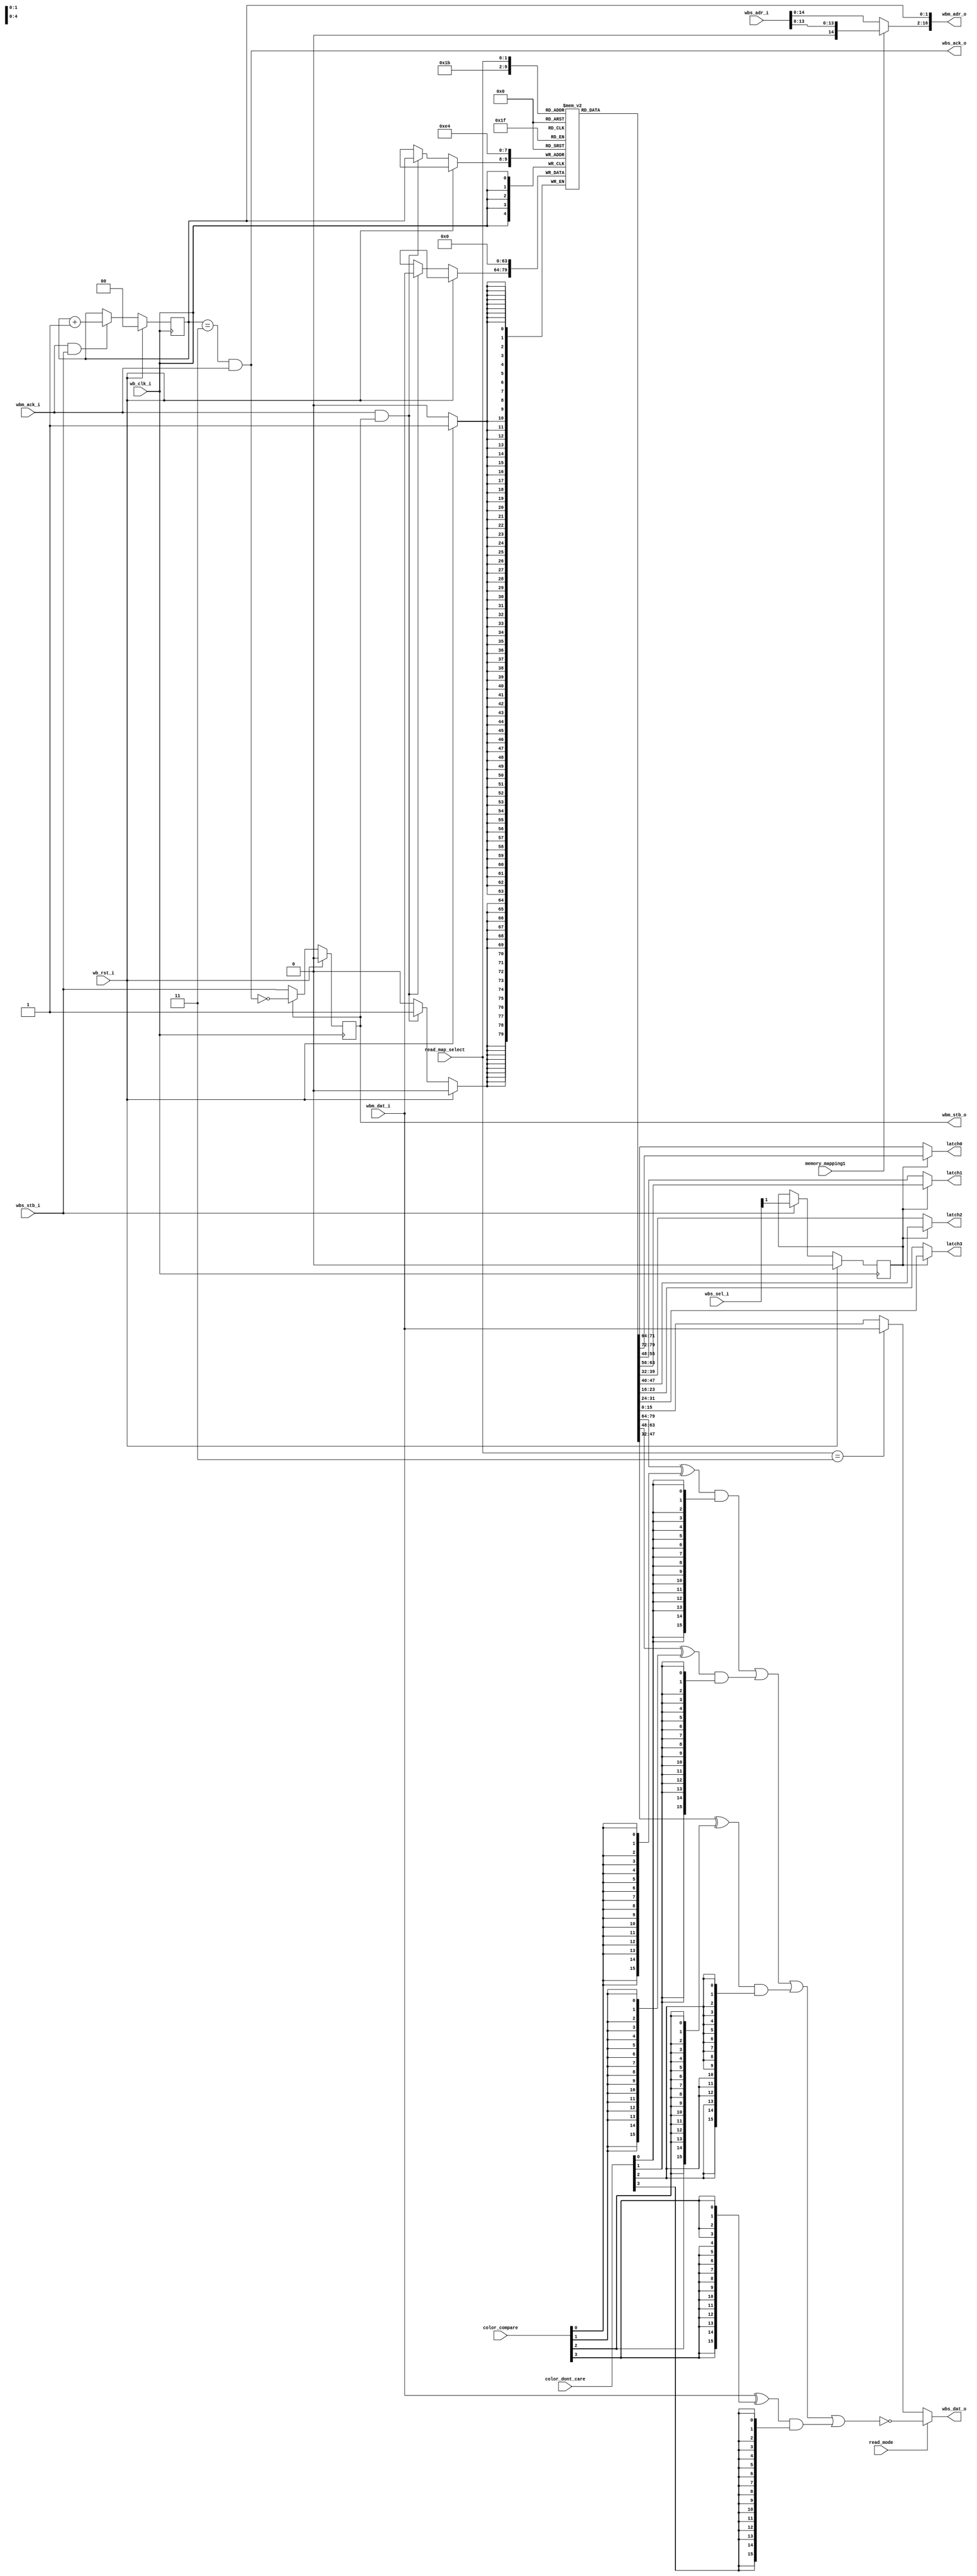
module vga_read_iface (
    // Wishbone common signals
    input         wb_clk_i,
    input         wb_rst_i,

    // Wishbone slave read interface
    input  [16:1] wbs_adr_i,
    input  [ 1:0] wbs_sel_i,
    output [15:0] wbs_dat_o,
    input         wbs_stb_i,
    output        wbs_ack_o,

    // Wishbone master read to SRAM
    output     [17:1] wbm_adr_o,
    input      [15:0] wbm_dat_i,
    output reg        wbm_stb_o,
    input             wbm_ack_i,

    // VGA configuration registers
    input        memory_mapping1,
    input        read_mode,
    input  [1:0] read_map_select,
    input  [3:0] color_compare,
    input  [3:0] color_dont_care,

    output [7:0] latch0,
    output [7:0] latch1,
    output [7:0] latch2,
    output [7:0] latch3
  );

  // Registers and nets
  reg [ 1:0] plane;
  reg        latch_sel;
  reg [15:0] latch [0:3];

  wire [15:1] offset;
  wire [15:0] dat_o0, dat_o1;
  wire [15:0] out_l0, out_l1, out_l2, out_l3;
  wire        cont;

  // Continous assignments
  assign latch0 = latch_sel ? latch[0][15:8] : latch[0][7:0];
  assign latch1 = latch_sel ? latch[1][15:8] : latch[1][7:0];
  assign latch2 = latch_sel ? latch[2][15:8] : latch[2][7:0];
  assign latch3 = latch_sel ? latch[3][15:8] : latch[3][7:0];

  assign wbm_adr_o = { offset, plane };
  assign wbs_ack_o = (plane==2'b11 && wbm_ack_i);
  assign offset    = memory_mapping1 ? { 1'b0, wbs_adr_i[14:1] }
                                     : wbs_adr_i[15:1];
  assign wbs_dat_o = read_mode ? dat_o1 : dat_o0;
  assign dat_o0    = (read_map_select==2'b11) ? wbm_dat_i
                                              : latch[read_map_select];
  assign dat_o1    = ~(out_l0 | out_l1 | out_l2 | out_l3);

  assign out_l0 = (latch[0] ^ { 16{color_compare[0]} })
                            & { 16{color_dont_care[0]} };
  assign out_l1 = (latch[1] ^ { 16{color_compare[1]} })
                            & { 16{color_dont_care[1]} };
  assign out_l2 = (latch[2] ^ { 16{color_compare[2]} })
                            & { 16{color_dont_care[2]} };
  assign out_l3 = (wbm_dat_i ^ { 16{color_compare[3]} })
                            & { 16{color_dont_care[3]} };

  assign cont = wbm_ack_i && wbs_stb_i;

  // Behaviour
  // latch_sel
  always @(posedge wb_clk_i)
    latch_sel <= wb_rst_i ? 1'b0
      : (wbs_stb_i ? wbs_sel_i[1] : latch_sel);

  // wbm_stb_o
  always @(posedge wb_clk_i)
    wbm_stb_o <= wb_rst_i ? 1'b0 : (wbm_stb_o ? ~wbs_ack_o : wbs_stb_i);

  // plane
  always @(posedge wb_clk_i)
    plane <= wb_rst_i ? 2'b00 : (cont ? (plane + 2'b01) : plane);

  // Latch load
  always @(posedge wb_clk_i)
    if (wb_rst_i)
      begin
        latch[0] <= 8'h0;
        latch[1] <= 8'h0;
        latch[2] <= 8'h0;
        latch[3] <= 8'h0;
      end
    else if (wbm_ack_i && wbm_stb_o) latch[plane] <= wbm_dat_i;

endmodule